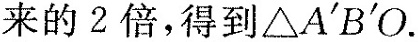
来的2倍，得到△A'B'O。